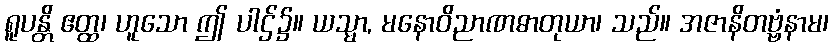
ရူပန္တိ ဧတ္ထ၊ ဟူသော ဤ ပါဌ်၌။ ယသ္မာ, မနောဝိညာဏဓာတုယာ၊ သည်။ အဇာနိတဗ္ဗံနာမ၊